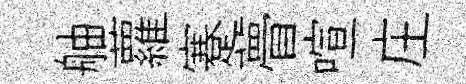
舳蘿蹇瞢喧庄